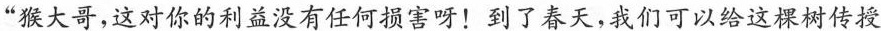
”猴大哥，这对你的利益没有任何损害呀！到了春天，我们可以给这棵树传授